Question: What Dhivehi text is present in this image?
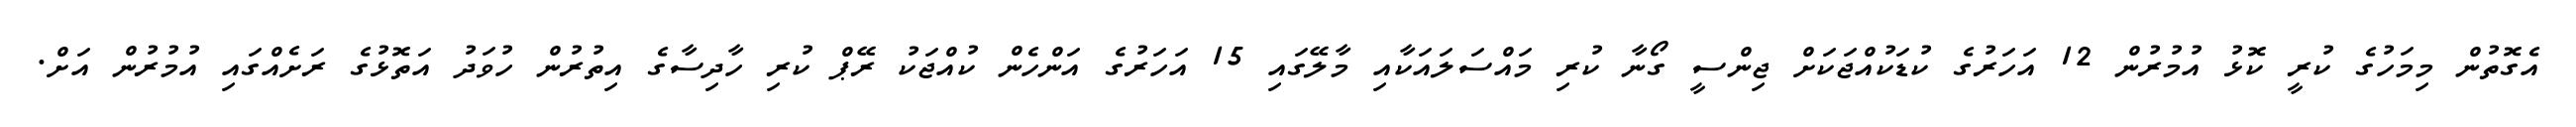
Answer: އެގޮތުން މިމަހުގެ ކުރީ ކޮޅު އުމުރުން 12 އަހަރުގެ ކުޑަކުއްޖަކަށް ޖިންސީ ގޯނާ ކުރި މައްސަލައަކާއި މާލޭގައި 15 އަހަރުގެ އަންހެން ކުއްޖަކު ރޭޕް ކުރި ހާދިސާގެ އިތުރުން ހުވަދު އަތޮޅުގެ ރަށެއްގައި އުމުރުން އަށް.